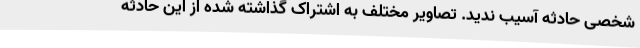
شخصی حادثه آسیب ندید. تصاویر مختلف به اشتراک گذاشته شده از این حادثه